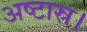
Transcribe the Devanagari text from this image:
अष्टास्र।